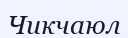
Чикчаюл